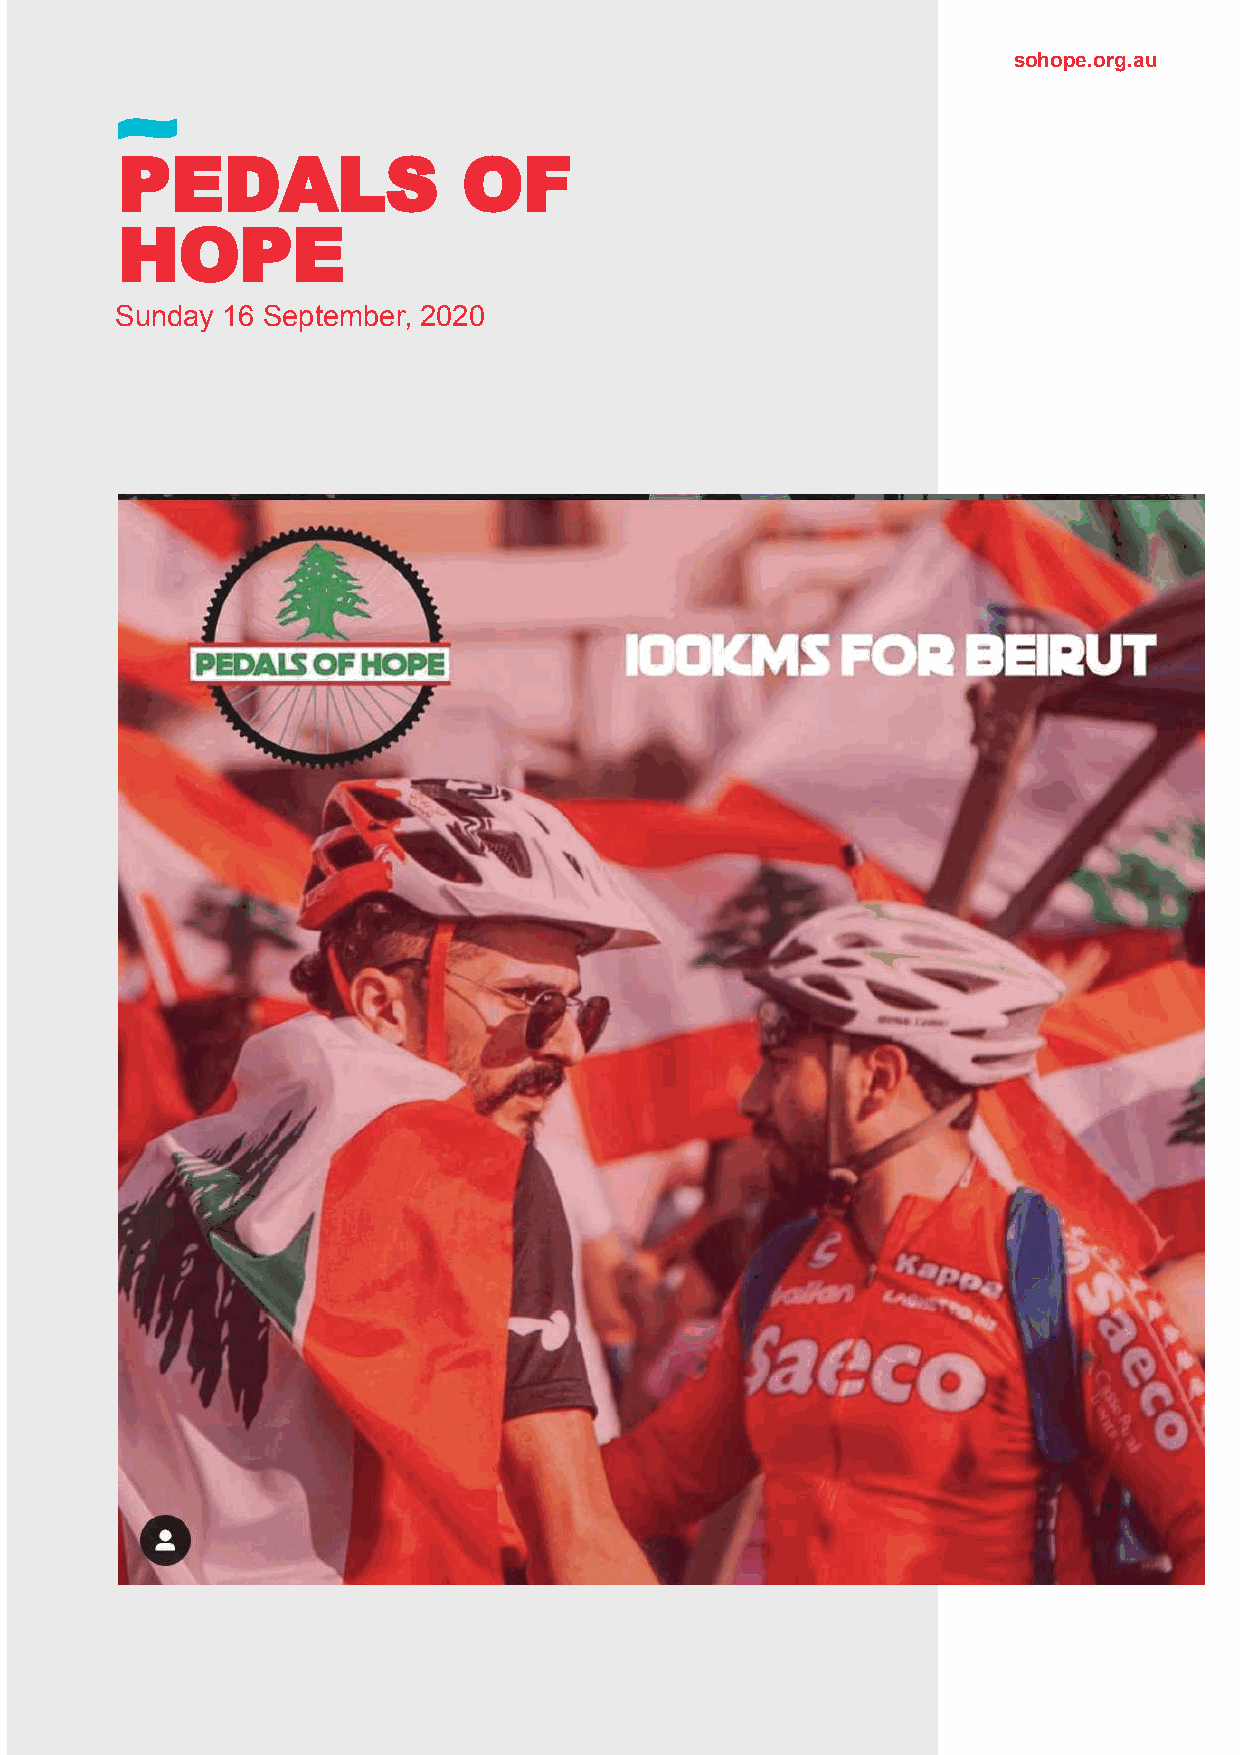
sohope.org.au
 PEDALS                 OF
 HOPE
 Sunday 16 September, 2020